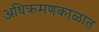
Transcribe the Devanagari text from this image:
अधिक्रमणकाळात